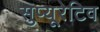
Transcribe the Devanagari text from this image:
सुप्यूरेटिव